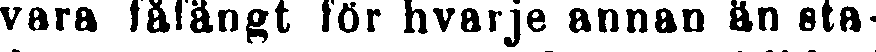
vara fåfängt för hvarje annan än sta-